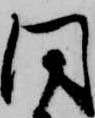
同